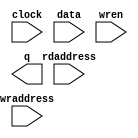
// megafunction wizard: %RAM: 2-PORT%VBB%
// GENERATION: STANDARD
// VERSION: WM1.0
// MODULE: altsyncram 

// ============================================================
// Megafunction Name(s):
// 			altsyncram
//
// Simulation Library Files(s):
// 			altera_mf
// ============================================================
// ************************************************************
// THIS IS A WIZARD-GENERATED FILE. DO NOT EDIT THIS FILE!
//
// 21.1.0 Build 842 10/21/2021 SJ Lite Edition
// ************************************************************

//Copyright (C) 2021  Intel Corporation. All rights reserved.
//Your use of Intel Corporation's design tools, logic functions 
//and other software and tools, and any partner logic 
//functions, and any output files from any of the foregoing 
//(including device programming or simulation files), and any 
//associated documentation or information are expressly subject 
//to the terms and conditions of the Intel Program License 
//Subscription Agreement, the Intel Quartus Prime License Agreement,
//the Intel FPGA IP License Agreement, or other applicable license
//agreement, including, without limitation, that your use is for
//the sole purpose of programming logic devices manufactured by
//Intel and sold by Intel or its authorized distributors.  Please
//refer to the applicable agreement for further details, at
//https://fpgasoftware.intel.com/eula.

module davram1 (
	clock,
	data,
	rdaddress,
	wraddress,
	wren,
	q);

	input	  clock;
	input	[255:0]  data;
	input	[4:0]  rdaddress;
	input	[4:0]  wraddress;
	input	  wren;
	output	[255:0]  q;
`ifndef ALTERA_RESERVED_QIS
// synopsys translate_off
`endif
	tri1	  clock;
	tri0	  wren;
`ifndef ALTERA_RESERVED_QIS
// synopsys translate_on
`endif

endmodule

// ============================================================
// CNX file retrieval info
// ============================================================
// Retrieval info: PRIVATE: ADDRESSSTALL_A NUMERIC "0"
// Retrieval info: PRIVATE: ADDRESSSTALL_B NUMERIC "0"
// Retrieval info: PRIVATE: BYTEENA_ACLR_A NUMERIC "0"
// Retrieval info: PRIVATE: BYTEENA_ACLR_B NUMERIC "0"
// Retrieval info: PRIVATE: BYTE_ENABLE_A NUMERIC "0"
// Retrieval info: PRIVATE: BYTE_ENABLE_B NUMERIC "0"
// Retrieval info: PRIVATE: BYTE_SIZE NUMERIC "8"
// Retrieval info: PRIVATE: BlankMemory NUMERIC "0"
// Retrieval info: PRIVATE: CLOCK_ENABLE_INPUT_A NUMERIC "0"
// Retrieval info: PRIVATE: CLOCK_ENABLE_INPUT_B NUMERIC "0"
// Retrieval info: PRIVATE: CLOCK_ENABLE_OUTPUT_A NUMERIC "0"
// Retrieval info: PRIVATE: CLOCK_ENABLE_OUTPUT_B NUMERIC "0"
// Retrieval info: PRIVATE: CLRdata NUMERIC "0"
// Retrieval info: PRIVATE: CLRq NUMERIC "0"
// Retrieval info: PRIVATE: CLRrdaddress NUMERIC "0"
// Retrieval info: PRIVATE: CLRrren NUMERIC "0"
// Retrieval info: PRIVATE: CLRwraddress NUMERIC "0"
// Retrieval info: PRIVATE: CLRwren NUMERIC "0"
// Retrieval info: PRIVATE: Clock NUMERIC "0"
// Retrieval info: PRIVATE: Clock_A NUMERIC "0"
// Retrieval info: PRIVATE: Clock_B NUMERIC "0"
// Retrieval info: PRIVATE: IMPLEMENT_IN_LES NUMERIC "0"
// Retrieval info: PRIVATE: INDATA_ACLR_B NUMERIC "0"
// Retrieval info: PRIVATE: INDATA_REG_B NUMERIC "0"
// Retrieval info: PRIVATE: INIT_FILE_LAYOUT STRING "PORT_B"
// Retrieval info: PRIVATE: INIT_TO_SIM_X NUMERIC "0"
// Retrieval info: PRIVATE: INTENDED_DEVICE_FAMILY STRING "MAX 10"
// Retrieval info: PRIVATE: JTAG_ENABLED NUMERIC "0"
// Retrieval info: PRIVATE: JTAG_ID STRING "NONE"
// Retrieval info: PRIVATE: MAXIMUM_DEPTH NUMERIC "0"
// Retrieval info: PRIVATE: MEMSIZE NUMERIC "8192"
// Retrieval info: PRIVATE: MEM_IN_BITS NUMERIC "0"
// Retrieval info: PRIVATE: MIFfilename STRING ""
// Retrieval info: PRIVATE: OPERATION_MODE NUMERIC "2"
// Retrieval info: PRIVATE: OUTDATA_ACLR_B NUMERIC "0"
// Retrieval info: PRIVATE: OUTDATA_REG_B NUMERIC "1"
// Retrieval info: PRIVATE: RAM_BLOCK_TYPE NUMERIC "0"
// Retrieval info: PRIVATE: READ_DURING_WRITE_MODE_MIXED_PORTS NUMERIC "2"
// Retrieval info: PRIVATE: READ_DURING_WRITE_MODE_PORT_A NUMERIC "3"
// Retrieval info: PRIVATE: READ_DURING_WRITE_MODE_PORT_B NUMERIC "3"
// Retrieval info: PRIVATE: REGdata NUMERIC "1"
// Retrieval info: PRIVATE: REGq NUMERIC "1"
// Retrieval info: PRIVATE: REGrdaddress NUMERIC "1"
// Retrieval info: PRIVATE: REGrren NUMERIC "1"
// Retrieval info: PRIVATE: REGwraddress NUMERIC "1"
// Retrieval info: PRIVATE: REGwren NUMERIC "1"
// Retrieval info: PRIVATE: SYNTH_WRAPPER_GEN_POSTFIX STRING "0"
// Retrieval info: PRIVATE: USE_DIFF_CLKEN NUMERIC "0"
// Retrieval info: PRIVATE: UseDPRAM NUMERIC "1"
// Retrieval info: PRIVATE: VarWidth NUMERIC "0"
// Retrieval info: PRIVATE: WIDTH_READ_A NUMERIC "256"
// Retrieval info: PRIVATE: WIDTH_READ_B NUMERIC "256"
// Retrieval info: PRIVATE: WIDTH_WRITE_A NUMERIC "256"
// Retrieval info: PRIVATE: WIDTH_WRITE_B NUMERIC "256"
// Retrieval info: PRIVATE: WRADDR_ACLR_B NUMERIC "0"
// Retrieval info: PRIVATE: WRADDR_REG_B NUMERIC "0"
// Retrieval info: PRIVATE: WRCTRL_ACLR_B NUMERIC "0"
// Retrieval info: PRIVATE: enable NUMERIC "0"
// Retrieval info: PRIVATE: rden NUMERIC "0"
// Retrieval info: LIBRARY: altera_mf altera_mf.altera_mf_components.all
// Retrieval info: CONSTANT: ADDRESS_ACLR_B STRING "NONE"
// Retrieval info: CONSTANT: ADDRESS_REG_B STRING "CLOCK0"
// Retrieval info: CONSTANT: CLOCK_ENABLE_INPUT_A STRING "BYPASS"
// Retrieval info: CONSTANT: CLOCK_ENABLE_INPUT_B STRING "BYPASS"
// Retrieval info: CONSTANT: CLOCK_ENABLE_OUTPUT_B STRING "BYPASS"
// Retrieval info: CONSTANT: INIT_FILE STRING ""
// Retrieval info: CONSTANT: INTENDED_DEVICE_FAMILY STRING "MAX 10"
// Retrieval info: CONSTANT: LPM_TYPE STRING "altsyncram"
// Retrieval info: CONSTANT: NUMWORDS_A NUMERIC "32"
// Retrieval info: CONSTANT: NUMWORDS_B NUMERIC "32"
// Retrieval info: CONSTANT: OPERATION_MODE STRING "DUAL_PORT"
// Retrieval info: CONSTANT: OUTDATA_ACLR_B STRING "NONE"
// Retrieval info: CONSTANT: OUTDATA_REG_B STRING "CLOCK0"
// Retrieval info: CONSTANT: POWER_UP_UNINITIALIZED STRING "FALSE"
// Retrieval info: CONSTANT: READ_DURING_WRITE_MODE_MIXED_PORTS STRING "DONT_CARE"
// Retrieval info: CONSTANT: WIDTHAD_A NUMERIC "5"
// Retrieval info: CONSTANT: WIDTHAD_B NUMERIC "5"
// Retrieval info: CONSTANT: WIDTH_A NUMERIC "256"
// Retrieval info: CONSTANT: WIDTH_B NUMERIC "256"
// Retrieval info: CONSTANT: WIDTH_BYTEENA_A NUMERIC "1"
// Retrieval info: USED_PORT: clock 0 0 0 0 INPUT VCC "clock"
// Retrieval info: USED_PORT: data 0 0 256 0 INPUT NODEFVAL "data[255..0]"
// Retrieval info: USED_PORT: q 0 0 256 0 OUTPUT NODEFVAL "q[255..0]"
// Retrieval info: USED_PORT: rdaddress 0 0 5 0 INPUT NODEFVAL "rdaddress[4..0]"
// Retrieval info: USED_PORT: wraddress 0 0 5 0 INPUT NODEFVAL "wraddress[4..0]"
// Retrieval info: USED_PORT: wren 0 0 0 0 INPUT GND "wren"
// Retrieval info: CONNECT: @address_a 0 0 5 0 wraddress 0 0 5 0
// Retrieval info: CONNECT: @address_b 0 0 5 0 rdaddress 0 0 5 0
// Retrieval info: CONNECT: @clock0 0 0 0 0 clock 0 0 0 0
// Retrieval info: CONNECT: @data_a 0 0 256 0 data 0 0 256 0
// Retrieval info: CONNECT: @wren_a 0 0 0 0 wren 0 0 0 0
// Retrieval info: CONNECT: q 0 0 256 0 @q_b 0 0 256 0
// Retrieval info: GEN_FILE: TYPE_NORMAL davram1.v TRUE
// Retrieval info: GEN_FILE: TYPE_NORMAL davram1.inc FALSE
// Retrieval info: GEN_FILE: TYPE_NORMAL davram1.cmp FALSE
// Retrieval info: GEN_FILE: TYPE_NORMAL davram1.bsf FALSE
// Retrieval info: GEN_FILE: TYPE_NORMAL davram1_inst.v TRUE
// Retrieval info: GEN_FILE: TYPE_NORMAL davram1_bb.v TRUE
// Retrieval info: LIB_FILE: altera_mf